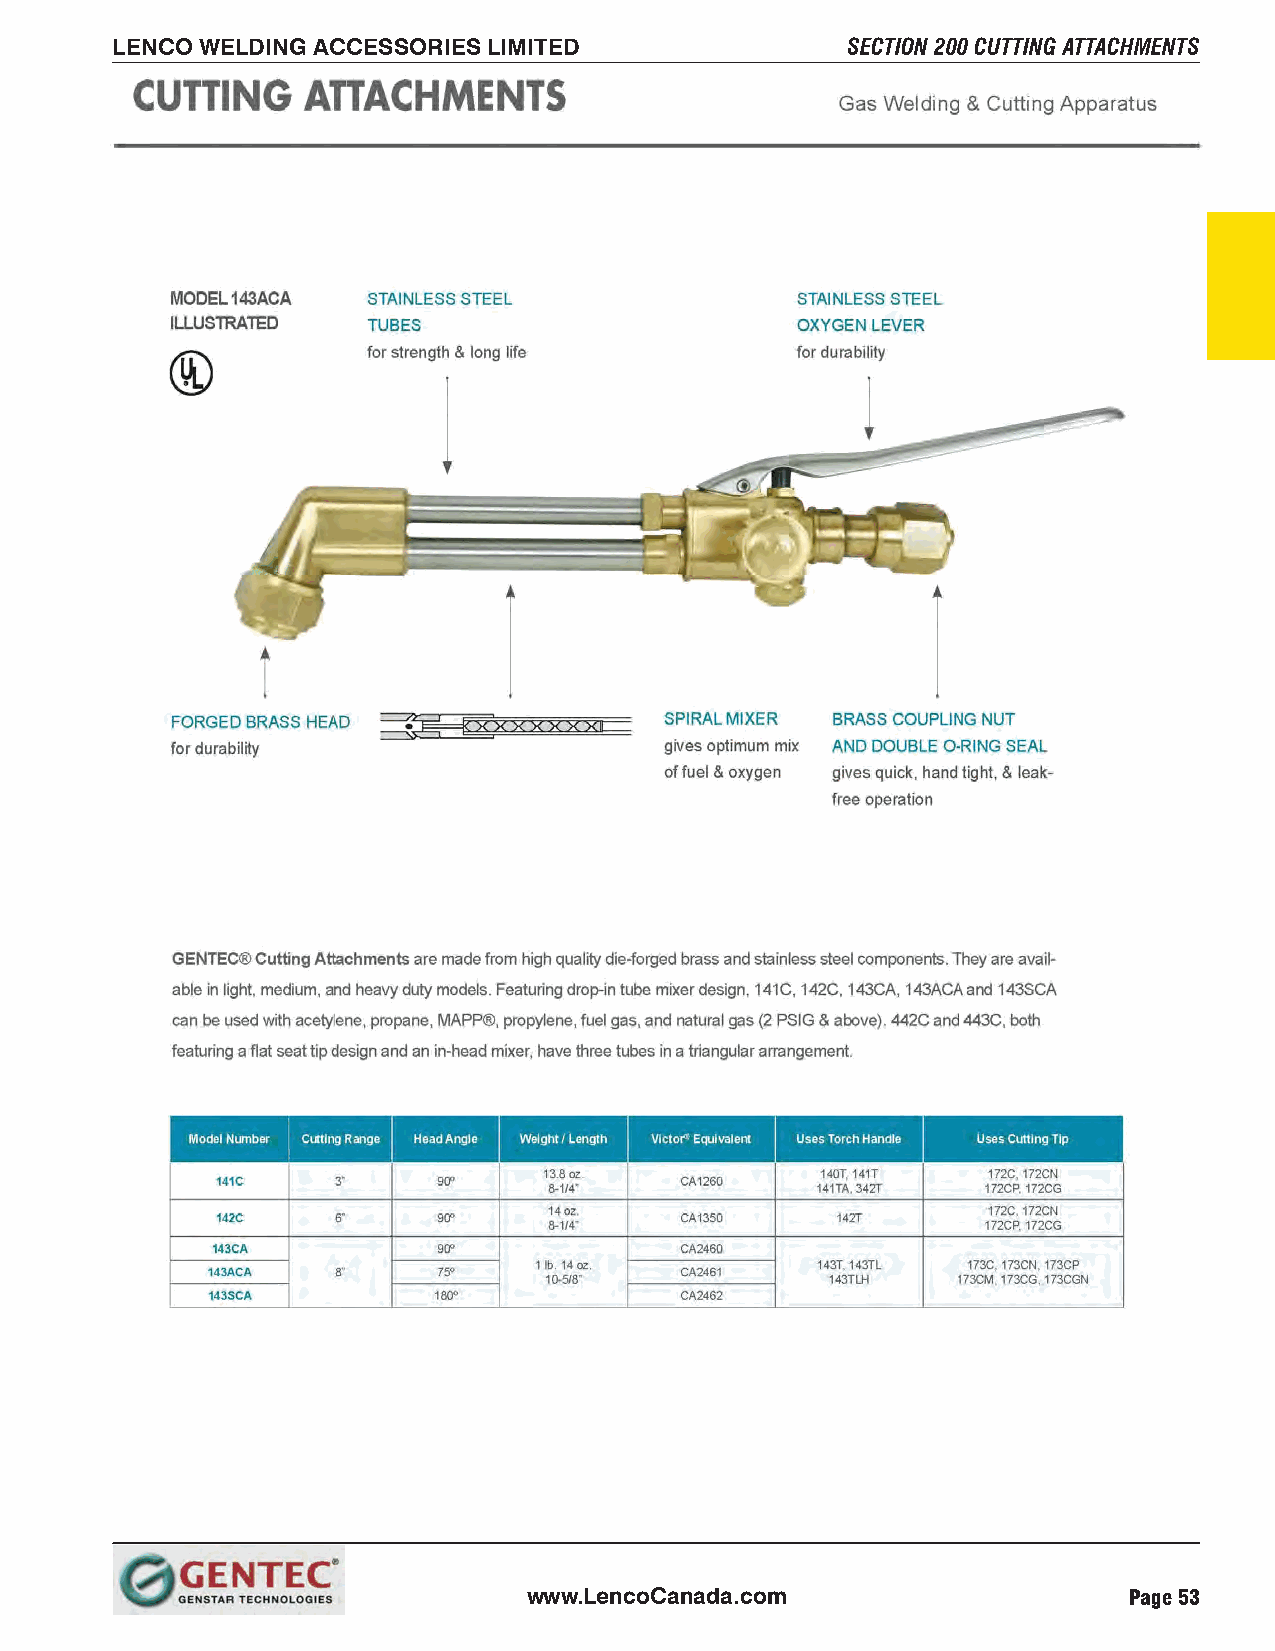
LENCO WELDING ACCESSORIES LIMITED                SECTION 200 CUTTING ATTACHMENTS
 www.LencoCanada.com                     Page 53